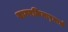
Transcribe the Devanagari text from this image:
सागरकिनार्‍याचे